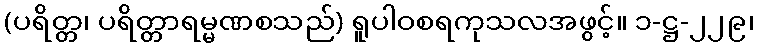
(ပရိတ္တ၊ ပရိတ္တာရမ္မဏစသည်) ရူပါဝစရကုသလအဖွင့်။ ၁-ဋ္ဌ-၂၂၉၊